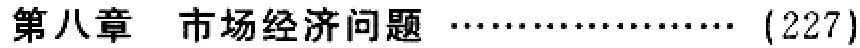
第八章 市场经济问题 \ldots\ldots\ldots\ldots\ldots\ldots (227)